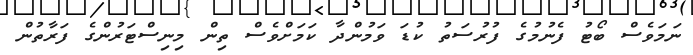
ނަމަވެސް ބޯޓު ފެނުމުގެ ފުރުސަތު ކުޑަ ވަމުންދާ ކަމަށްވެސް ތިން މިނިސްޓަރުންގެ ފަރާތުން